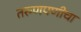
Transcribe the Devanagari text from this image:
तरुणपणीचा